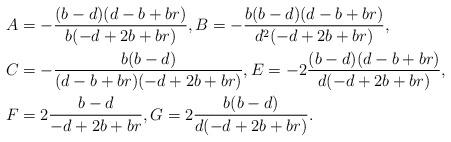
LaTeX: \begin{align*}A & =-\frac{(b-d)(d-b+br)}{b(-d+2b+br)},B=-\frac{b(b-d)(d-b+br)}{d^{2}(-d+2b+br)},\\C & =-\frac{b(b-d)}{(d-b+br)(-d+2b+br)},E=-2\frac{(b-d)(d-b+br)}{d(-d+2b+br)},\\F & =2\frac{b-d}{-d+2b+br},G=2\frac{b(b-d)}{d(-d+2b+br)}.\end{align*}